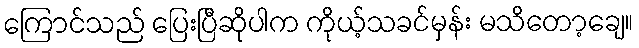
ကြောင်သည် ပြေးပြီဆိုပါက ကိုယ့်သခင်မှန်း မသိတော့ချေ။